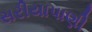
સરીયાપાણી